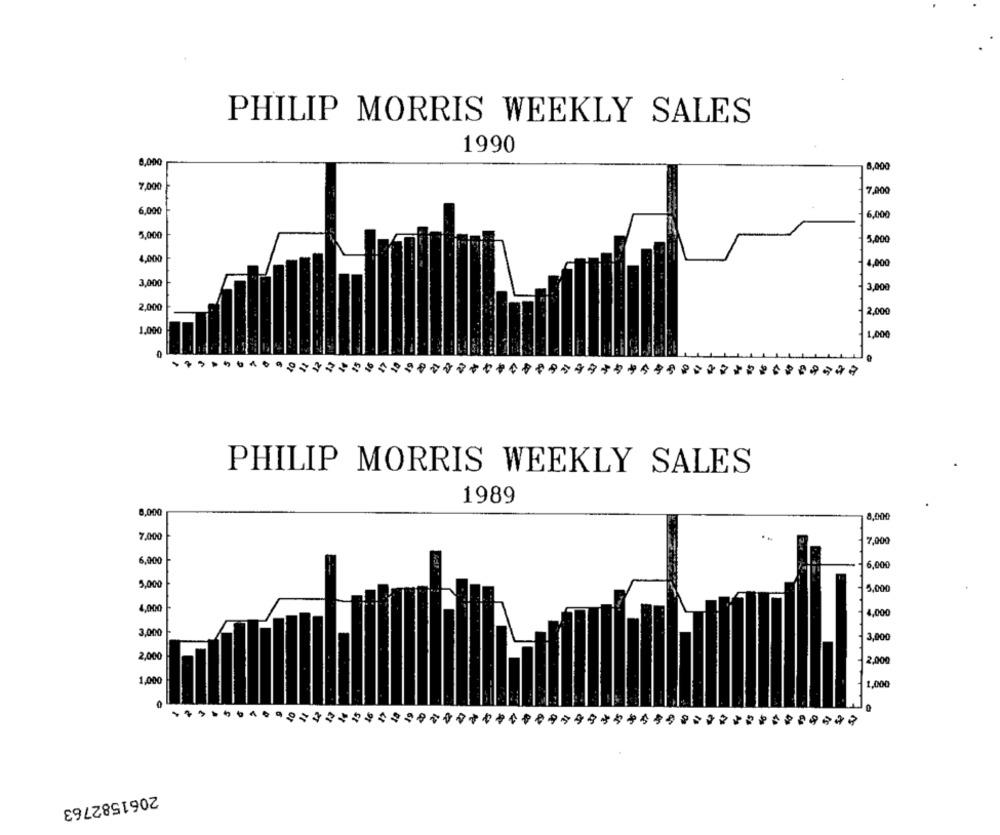
PHILIP MORRIS WEEKLY SALES
1990
0,000
6,000
7,000
7.000
6,000
6,000
5,000
5.000
4,000
4,000
3,000
3,000
2,000
2.000
1.000
1,000
PHILIP MORRIS WEEKLY SALES
1989
8,000
8,000
7,000
7,000
6,000
6,000
5,000
5,000
4,000
4,000
3,000
3,000
2,000
2.000
1,000
1,000
2061582763